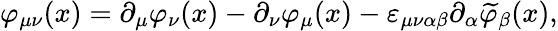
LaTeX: \varphi_{\mu\nu}(x)=\partial_{\mu}\varphi_{\nu}(x)-\partial_{\nu}\varphi_{\mu}(x)-\varepsilon_{\mu\nu\alpha\beta}\partial_{\alpha}\widetilde{\varphi}_{\beta}(x),